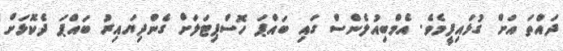
ދައްތަ އަށް ގުޅައިފީމެވެ. އެމްބިއުލެންސް ގައި ބައްޕަ ހޮސްޕިޓަލަށް ގެންދިޔައިރު ބައްޕަ ދެކޮޅަށް